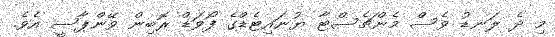
މި ދެ ލަނޑު ވެސް މެންޗެސްޓާ ޔުނައިޓެޑްގެ ފޯވަޑް ރޮބިން ވޭންޕާސީ އެވެ.